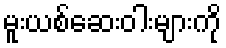
မူးယစ်ဆေးဝါးများကို